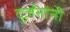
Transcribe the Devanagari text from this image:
दुर्जनांनी